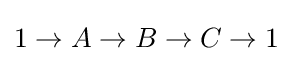
1\to A\to B\to C\to 1